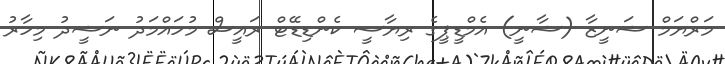
މަރްޔަމް ޝަނީޒާ (ޝާނީ) އެމްޑީޕީގެ ރިޔާސީ ކެންޑިޑޭޓް ރައީސް މުހައްމަދު ނަޝީދު މިހާރު